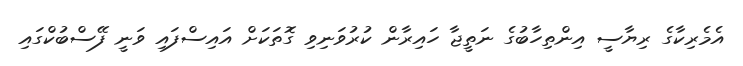
އެމެރިކާގެ ރިޔާސީ އިންތިހާބުގެ ނަތީޖާ ހައިރާން ކުރުވަނިވި ގޮތަކަށް އައިސްފައި ވަނީ ފޭސްބުކްގައި